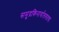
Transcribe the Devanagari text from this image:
समुद्रकिनार्यालगतचा